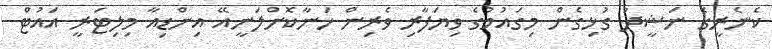
ކެނެރީގެ ނަޝީދު ގުޅިގެން މިގައުމުގެ ވިޔަފާރި ވެރިން ހަނާކޮށްލަނީއޭ އިންޑިއާ މިލިޓަރީ އައުޓް